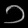
Digit: ၁